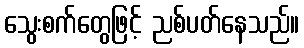
သွေးစက်တွေဖြင့် ညစ်ပတ်နေသည်။